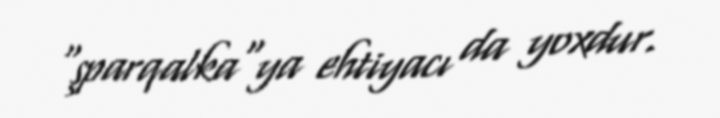
"şparqalka"ya ehtiyacı da yoxdur.